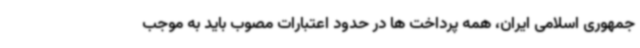
جمهوری اسلامی ایران، همه پرداخت ها در حدود اعتبارات مصوب باید به موجب